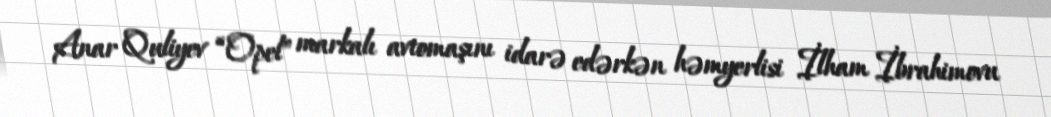
Anar Quliyev “Opel” markalı avtomaşını idarə edərkən həmyerlisi İlham İbrahimovu